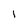
Character: 1